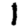
Digit: 1